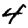
Digit: 4